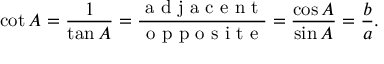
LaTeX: \cot A = { \frac { 1 } { \tan A } } = { \frac { \textrm { a d j a c e n t } } { \textrm { o p p o s i t e } } } = { \frac { \cos A } { \sin A } } = { \frac { b } { a } } .